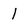
Character: 1